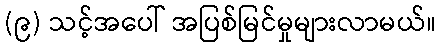
(၉) သင့်အပေါ် အပြစ်မြင်မှုများလာမယ်။